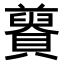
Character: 𧸋